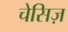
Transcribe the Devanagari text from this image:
चेसिज़